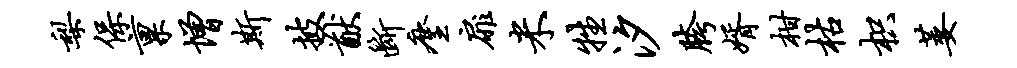
梨保禀增斯披猷断麈扉米牲汐胯婿柑枯枳萎